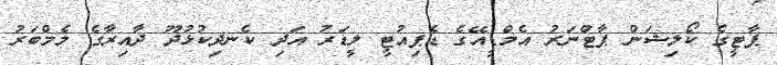
ޕާޓީގެ ކޯލިޝަން ޕާޓްނަރު އެމްޑީއޭގެ ޑެޕިއުޓީ ލީޑަރު އަދި ކެނދިކުޅުދޫ ދާއިރާގެ މެމްބަރު